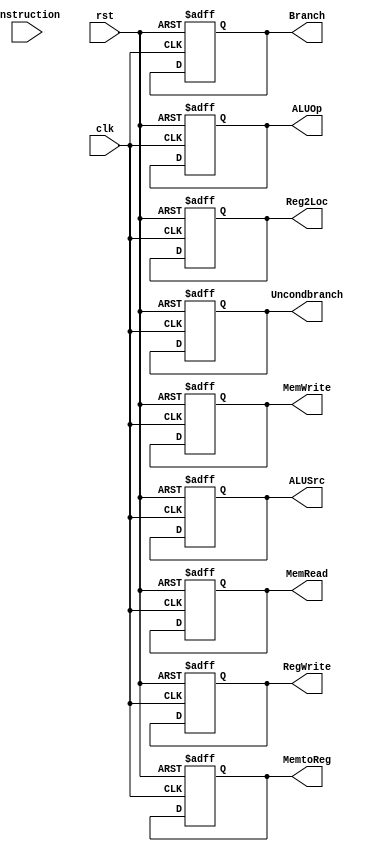
module ControlUnit(instruction, Reg2Loc, Uncondbranch, Branch, MemRead, MemtoReg, ALUOp, MemWrite, ALUSrc, RegWrite, clk, rst);

input instruction;
input rst, clk;
output reg Reg2Loc, Uncondbranch, Branch, MemRead, MemtoReg, MemWrite, ALUSrc, RegWrite;
output reg [2:0] ALUOp;

always @(posedge clk or posedge rst)
if (rst != 0)
begin
    Reg2Loc<=0;
    Uncondbranch<=0;
    Branch<=0;
    MemRead<=0;
    MemtoReg<=0;
    ALUOp<=0;
    MemWrite<=0;
    ALUSrc<=0;
    RegWrite<=0;
end

else
 
begin
//branch
if (instruction == 11'h0A0)
begin
    Reg2Loc<=1;
    Uncondbranch<=1;
    Branch<=0;
    MemRead<=0;
    MemRead<=0;
    ALUOp<=3'b101;
    MemWrite<=0;
    ALUSrc<=0;
    RegWrite<=0;
end

//and
else if (instruction == 11'h450)
begin
    Reg2Loc<=0;
    Uncondbranch<=0;
    Branch<=0;
    MemRead<=0;
    MemtoReg<=0;
    ALUOp<=3'b001;
    MemWrite<=0;
    ALUSrc<=0;
    RegWrite<=1;
end 

//add
else if (instruction == 11'h458)
begin
    Reg2Loc<=0;
    Uncondbranch<=0;
    Branch<=0;
    MemRead<=0;
    MemtoReg<=0;
    ALUOp<=3'b110;
    MemWrite<=0;
    ALUSrc<=0;
    RegWrite<=1;
end

//orr
else if (instruction == 11'h550)
begin
    Reg2Loc<=0;
    Uncondbranch<=0;
    Branch<=0;
    MemRead<=0;
    MemtoReg<=0;
    ALUOp<=3'b010;
    MemWrite<=0;
    ALUSrc<=0;
    RegWrite<=1;
end

//cbz
else if (instruction == 11'h5A0)
begin
    Reg2Loc<=1;
    Uncondbranch<=0;
    Branch<=1;
    MemRead<=0;
    MemtoReg<=0;
    ALUOp<=3'b101;
    MemWrite<=0;
    ALUSrc<=0;
    RegWrite<=0;
end

//sub
else if (instruction == 11'h658)
begin
    Reg2Loc<=0;
    Uncondbranch<=0;
    Branch<=0;
    MemRead<=0;
    MemtoReg<=0;
    ALUOp<=3'b111;
    MemWrite<=0;
    ALUSrc<=0;
    RegWrite<=1;
end

//movk
else if (instruction == 11'h794)
begin
    Reg2Loc<=0;
    Uncondbranch<=0;
    Branch<=0;
    MemRead<=0;
    MemtoReg<=0;
    ALUOp<=0;
    MemWrite<=0;
    ALUSrc<=0;
    RegWrite<=0;
end

//stur
else if (instruction == 11'h7C0)
begin
    Reg2Loc<=1;
    Uncondbranch<=0;
    Branch<=0;
    MemRead<=0;
    MemtoReg<=0;
    ALUOp<=3'b110;
    MemWrite<=1;
    ALUSrc<=1;
    RegWrite<=0;
end

//ldur
else if (instruction == 11'h7C2)
begin
    Reg2Loc<=1;
    Uncondbranch<=0;
    Branch<=0;
    MemRead<=1;
    MemtoReg<=1;
    ALUOp<=3'b110;
    MemWrite<=0;
    ALUSrc<=1;
    RegWrite<=1;
end



end

endmodule